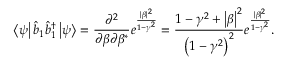
\left\langle \psi \right\vert \hat { b } _ { 1 } \hat { b } _ { 1 } ^ { \dagger } \left\vert \psi \right\rangle = \frac { \partial ^ { 2 } } { \partial \beta \partial \beta ^ { \ast } } e ^ { \frac { | \beta | ^ { 2 } } { 1 - \gamma ^ { 2 } } } = \frac { 1 - \gamma ^ { 2 } + \left\vert \beta \right\vert ^ { 2 } } { \left( 1 - \gamma ^ { 2 } \right) ^ { 2 } } e ^ { \frac { | \beta | ^ { 2 } } { 1 - \gamma ^ { 2 } } } .